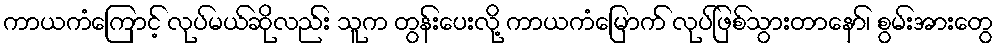
ကာယကံကြောင့် လုပ်မယ်ဆိုလည်း သူက တွန်းပေးလို့ ကာယကံမြောက် လုပ်ဖြစ်သွားတာနော်၊ စွမ်းအားတွေ